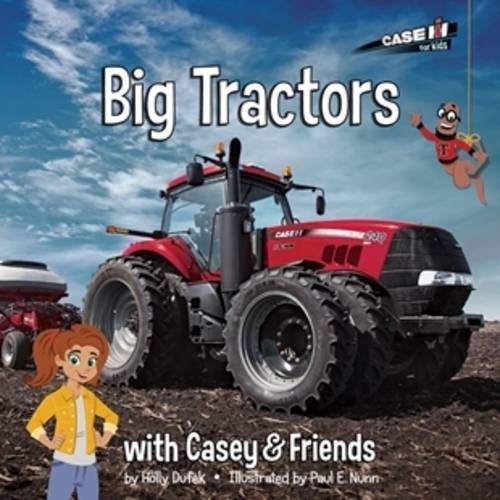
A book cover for Big Tractors (Casey and Friends); Holly Dufek; Children's Books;